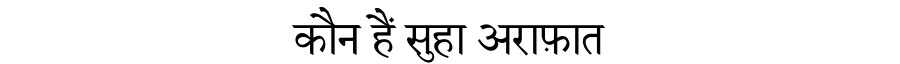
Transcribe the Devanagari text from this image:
कौन हैं सुहा अराफ़ात